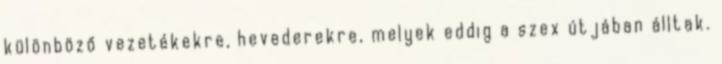
különböző vezetékekre, hevederekre, melyek eddig a szex útjában álltak.